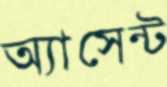
অ্যাসেন্ট